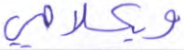
وبكلامي